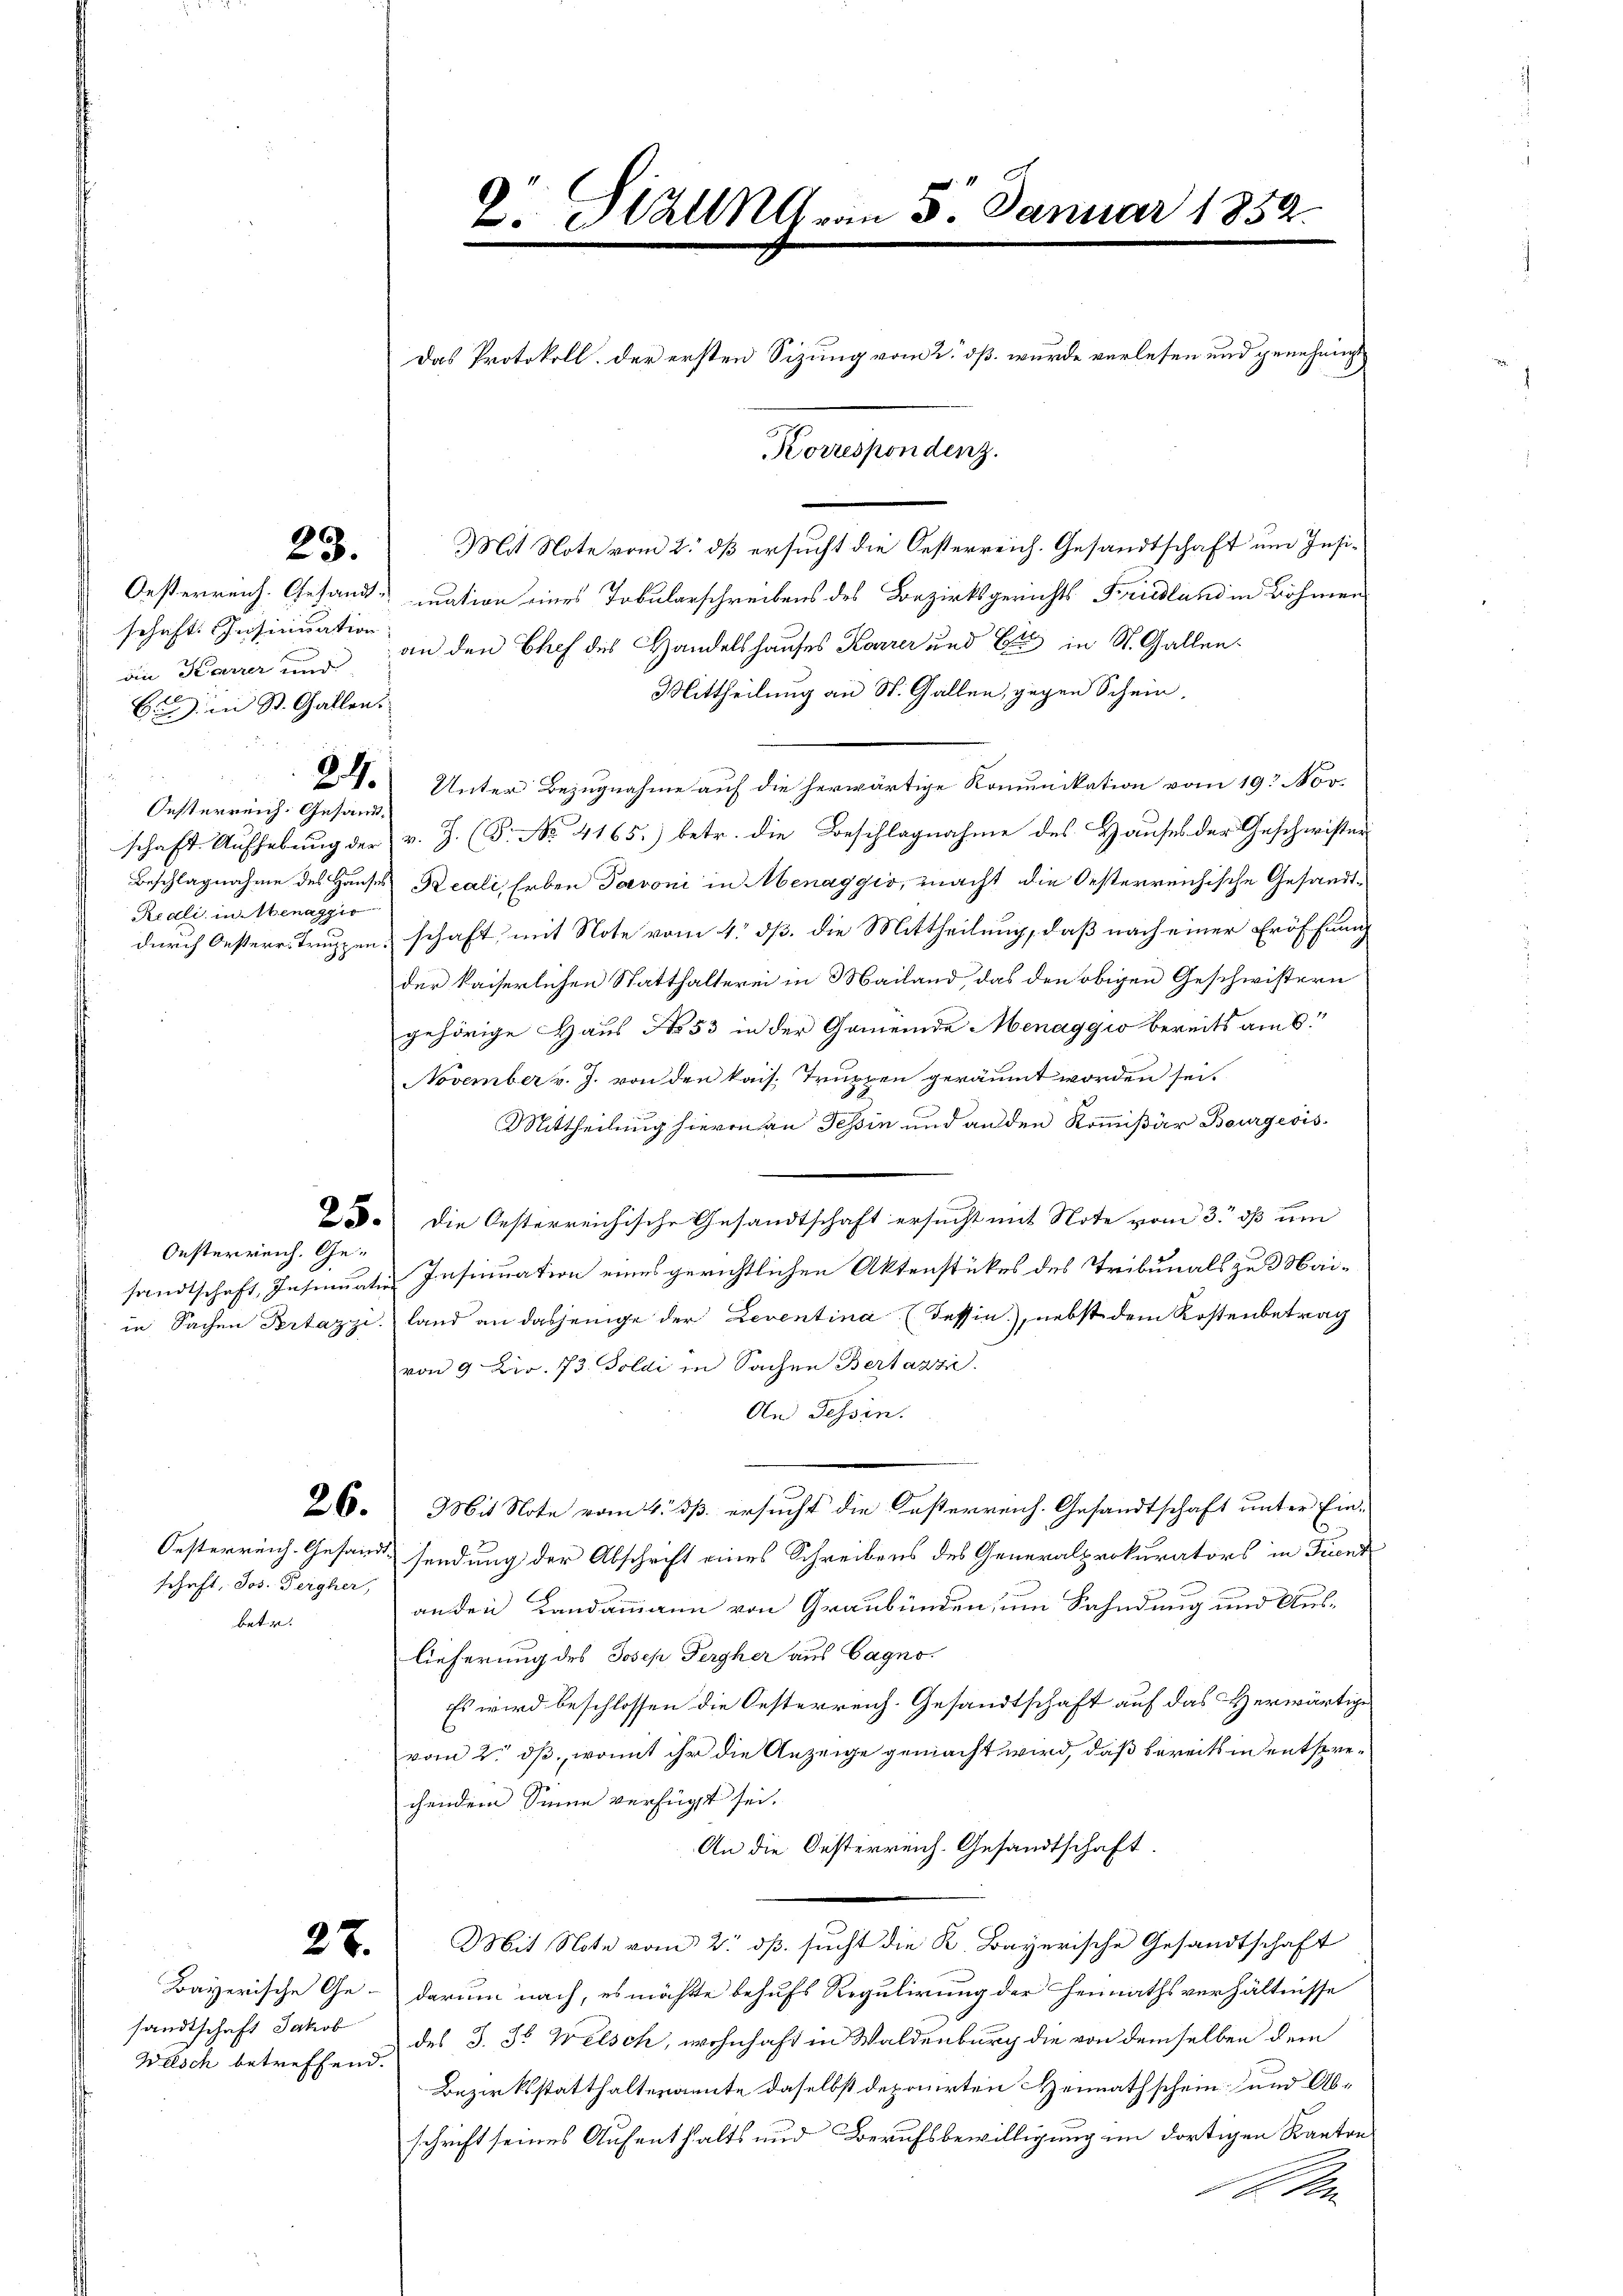
schaft. Insinuation
die Karrer und
6. in St. Gallen.

Oesterreich. Gesand¬
Redli in Menaggis

Oesterreich. Ge¬

schaft. Jos. Pergher,
betr.

sandtschaft Jakob
Welsch betreffend.

28. Mit Note vom 2. dß ersucht die Oesterreich. Gesandtschaft um Insi¬
Oesterreich. Gesandt mation eines Tobularschreibens des Bezirksgerichts Friedland in Böhmen
an den Chef des Handelshauses Karrer und Er in St. Gallen¬
Mittheilung an St. Gallen, gegen Schein,
2. Unter Bezugnahme auf die herwärtige Komunikation vom 19. Nov.
schaft. Aufhebung der v. J. (T. No. 4165) betr. die Beschlagnahme des Hauses der Geschwister
Beschlagnahme des Hauses Reali, Erben Davoni in Menaggio, macht die Oesterreichische Gesandtdurch Oesteres Truppen, schaft mit Note vom 4. ds. die Mittheilung, daß nach einer Eröffnung
der kaiserlichen Statthalterei in Mailand, das den obigen Geschwistern
gehörige Haus No. 53 in der Gemeinde Menaggio bereits am 6.
November v. J. von den kais. Truppen geräumt worden sei.
Mittheilung hierin an Tessin und an den Kommißär Bourgeois
23. die Oesterreichische Gesandtschaft ersucht mit Note vom 3. dß um
sandtschaft, Insinuatie Insinuation eines gerichtlichen Aktenstückes des Tribunals zu 3 Maiin Sachen Prtazzi, land an dasjenige der Leventina (Tessin.), nebst dem Kostenbetrag
von 9 Lir. 73. Soldi in Sachen Bertazzi
An Tessin.
26. Mit Note vom 4. dß ersucht die Kosterreich. Gesandtschaft unter Ein-
Oesterreich. Gesandt sendung der Abschrift eines Schreibens des Generalprokurators in Trunk
anden Landammann von Graubünden, um Sahndung und Auslieferung des Josep Pergher aus Cagno
Es wird beschlossen die Oesterreich. Gesandtschaft auf das erwärtige
vom 2. dß, womit ihr die Anzeige gemacht wird, daß bereits in entsprechendem Sinne verfügt sei.
An die Oesterreich. Gesandtschaft.
22. Mit Note vom 2. ds. sucht die K. Bayerische Gesandtschaft
Bayerische Ge- darum nach, es möchte behufs Regulirung der Heimathsverhältnisse
des J. J. Welsch, wohnhaft in Waldenburg die von demselben dem
Bezirksstatthaltenante daselbst deponirten Heimathschein und Abschrift seines Aufenthalts und Berufsbewilligung im dortigen Kanton
A

Das Protokoll. der ersten Sizung vom 2. dß. wurde verlesen und genehmigt
Korrespondenz.

2. Stall am 5. Januar 1852.